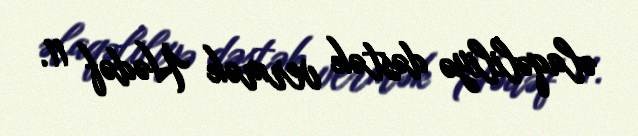
əlaqəliliyə dəstək vermək Hədəf 11.